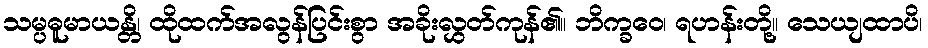
သမ္ပဓူမာယန္တိ၊ ထိုထက်အလွန်ပြင်းစွာ အခိုးလွှတ်ကုန်၏။ ဘိက္ခဝေ၊ ရဟန်းတို့။ သေယျထာပိ၊